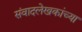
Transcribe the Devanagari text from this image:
संवादलेखकांच्या